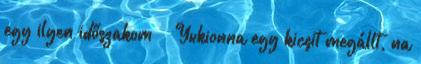
egy ilyen időszakom Yukionna egy kicsit megállt, na